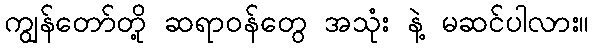
ကျွန်တော်တို့ ဆရာဝန်တွေ အသုံး နဲ့ မဆင်ပါလား။